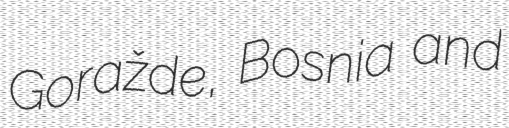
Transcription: Goražde, Bosnia and